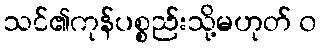
သင်၏ကုန်ပစ္စည်းသို့မဟုတ် ၀